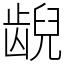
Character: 𫠜